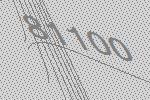
81100